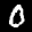
Label: 0